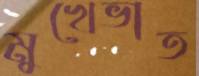
মুখেভাত